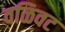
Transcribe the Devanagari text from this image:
वळिवट